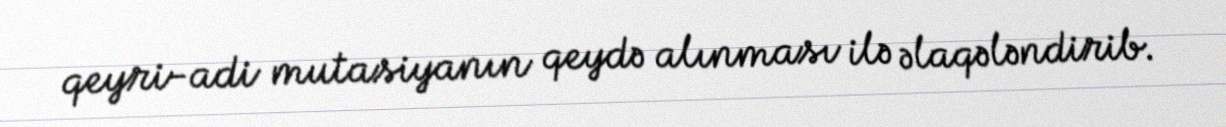
qeyri-adi mutasiyanın qeydə alınması ilə əlaqələndirib.